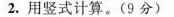
2. 用竖式计算。(9分)